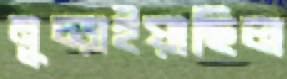
মুচ্‌ড়াইয়াছিল